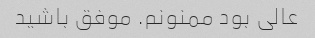
عالی بود ممنونم. موفق باشید